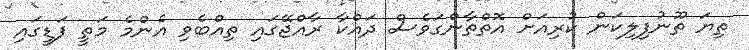
ތިޔަ ތޫނުފިލިކަން ކުރިއަށް އޮތްތާންގަވެސް ދައްކާ ރާއްޖޭގައި ތިއްބެވި އެންމެ މަތީ ފަޑީގައި